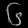
Digit: ၆